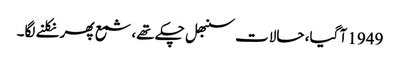
1949 آ گیا، حالات سنبھل چکے تھے، شمع پھر نکلنے لگا۔